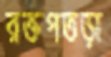
রক্তপতড়া